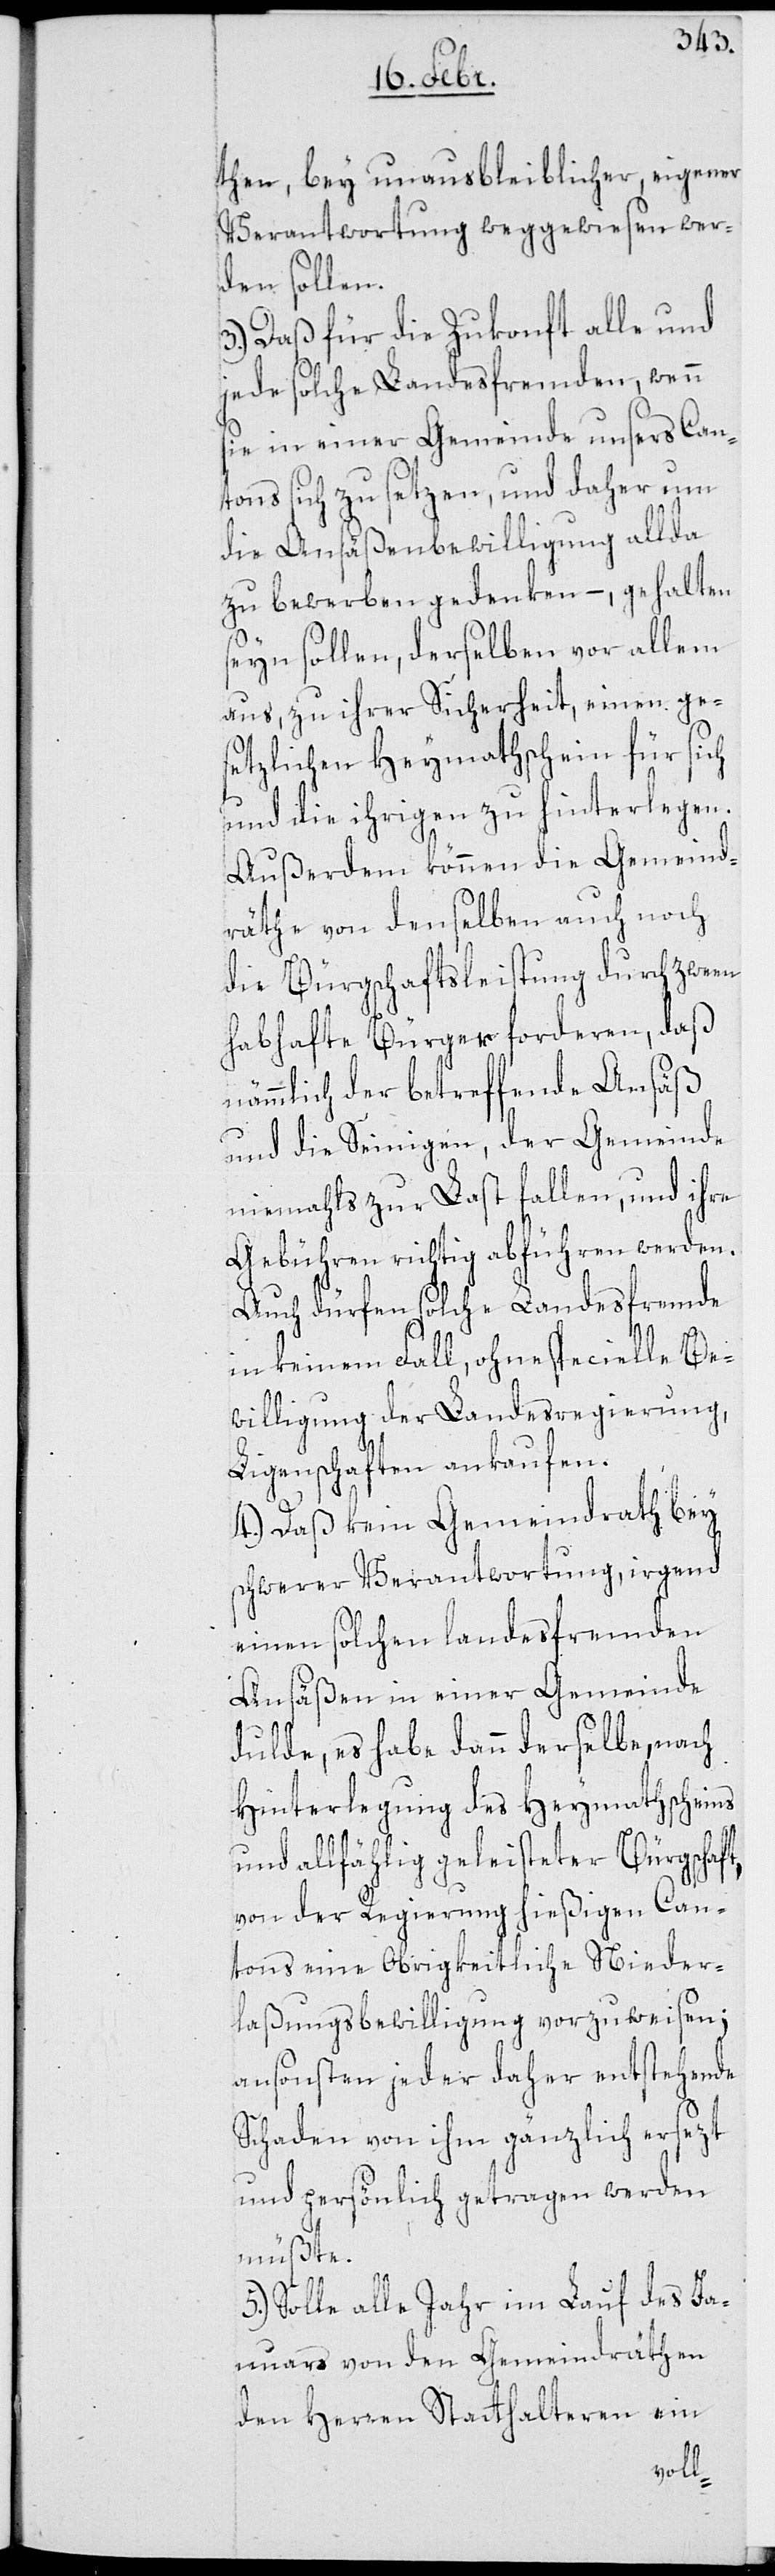
then bey unausbleiblicher, eigener
Verantwortung weggewiesen wer¬
den sollen.
3.) Daß für die Zukonft alle und
jede solche Landesfremden, wenn
sie in einer Gemeinde unsers Can¬
tons sich zu setzen, und daher um
die Ansäßenbewilligung allda
zu bewerben gedenken, – gehalten
seyn sollen, derselben vor allem
aus, zu ihrer Sicherheit einen ges¬
etzlichen Heymathschein für sich
und die ihrigen zu hinterlegen.
Außerdem können die Gemeind¬
räthe von denselben auch noch
die Bürgschaftsleistung durch zween
habhafte Bürger forderen, daß
nämmlich der betreffende Ansäß
und die Seinigen, der Gemeinde
niemahls zur Last fallen, und ihre
Gebühren richtig abführen werden.
Auch dürfen solche Landesfremde
in keinem Fall ohne specielle Be¬
willigung der Landesregierung
Ligenschaften ankaufen.
4.) Daß kein Gemeindrath bey
schwerer Verantwortung, irgend
einen solchen landesfremden
Ansäßen in einer Gemeinde
dulde, es habe dann derselbe, nach
Hinterlegung des Heymathscheins
und allfählig geleisteter Bürgschaft,
von der Regierung hießigen Can¬
tons ein Obrigkeitliche Nieder¬
laßungsbewilligung vorzuweisen;
ansonsten jeder daher entstehende
Schaden von ihm gänzlich ersezt
und persönlich getragen werden
müßte.
5.) Solle alle Jahr im Lauf des Ja¬
nuars von den Gemeindräthen
den Herren Statthalteren ein